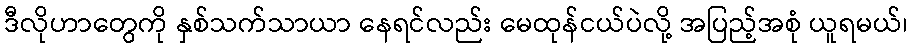
ဒီလိုဟာတွေကို နှစ်သက်သာယာ နေရင်လည်း မေထုန်ငယ်ပဲလို့ အပြည့်အစုံ ယူရမယ်၊